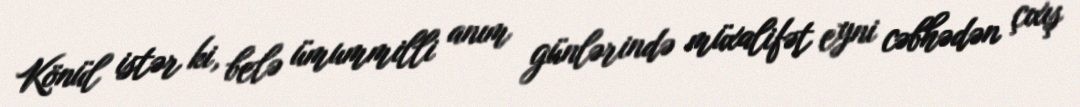
Könül istər ki, belə ümummilli anım günlərində müxalifət eyni cəbhədən çıxış